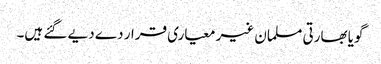
گویا بھارتی مسلمان غیر معیاری قرار دے دیے گئے ہیں۔